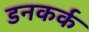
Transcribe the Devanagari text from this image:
डनकर्क